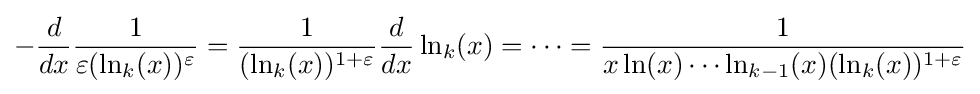
-{\frac {d}{dx}}{\frac {1}{\varepsilon (\ln _{k}(x))^{\varepsilon }}}={\frac {1}{(\ln _{k}(x))^{1+\varepsilon }}}{\frac {d}{dx}}\ln _{k}(x)=\cdots ={\frac {1}{x\ln(x)\cdots \ln _{k-1}(x)(\ln _{k}(x))^{1+\varepsilon }}}